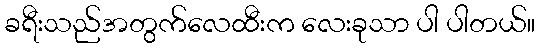
ခရီးသည်အတွက်လေထီးက လေးခုသာ ပါ ပါတယ်။